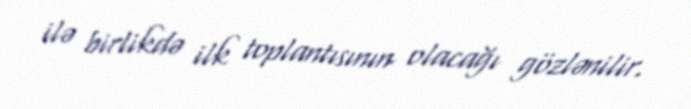
ilə birlikdə ilk toplantısının olacağı gözlənilir.